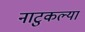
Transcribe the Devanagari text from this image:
नाटुकल्या